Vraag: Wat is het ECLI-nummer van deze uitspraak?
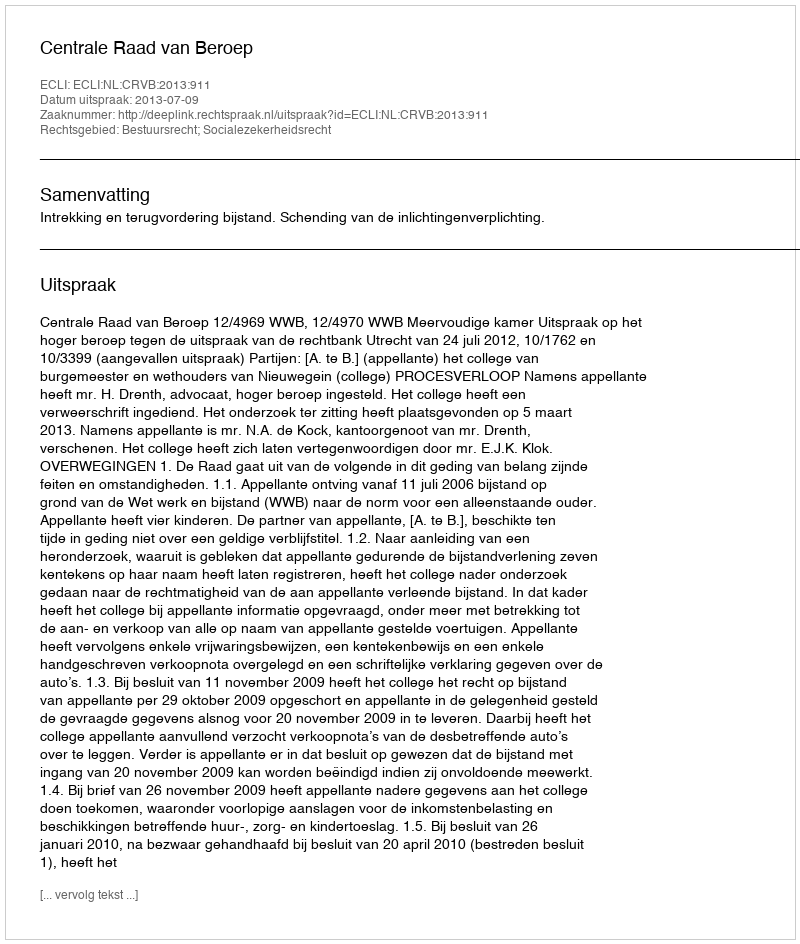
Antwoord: ECLI:NL:CRVB:2013:911